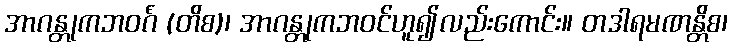
အာဂန္တုကဘဝင်္ဂံ (တိစ)၊ အာဂန္တုကဘဝင်ဟူ၍လည်းကောင်း။ တဒါရမဏန္တိစ၊